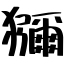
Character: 獼